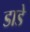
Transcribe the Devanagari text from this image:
डाडे